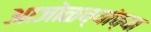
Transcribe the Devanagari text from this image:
आजोळच्यांच्या